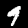
Digit: 9